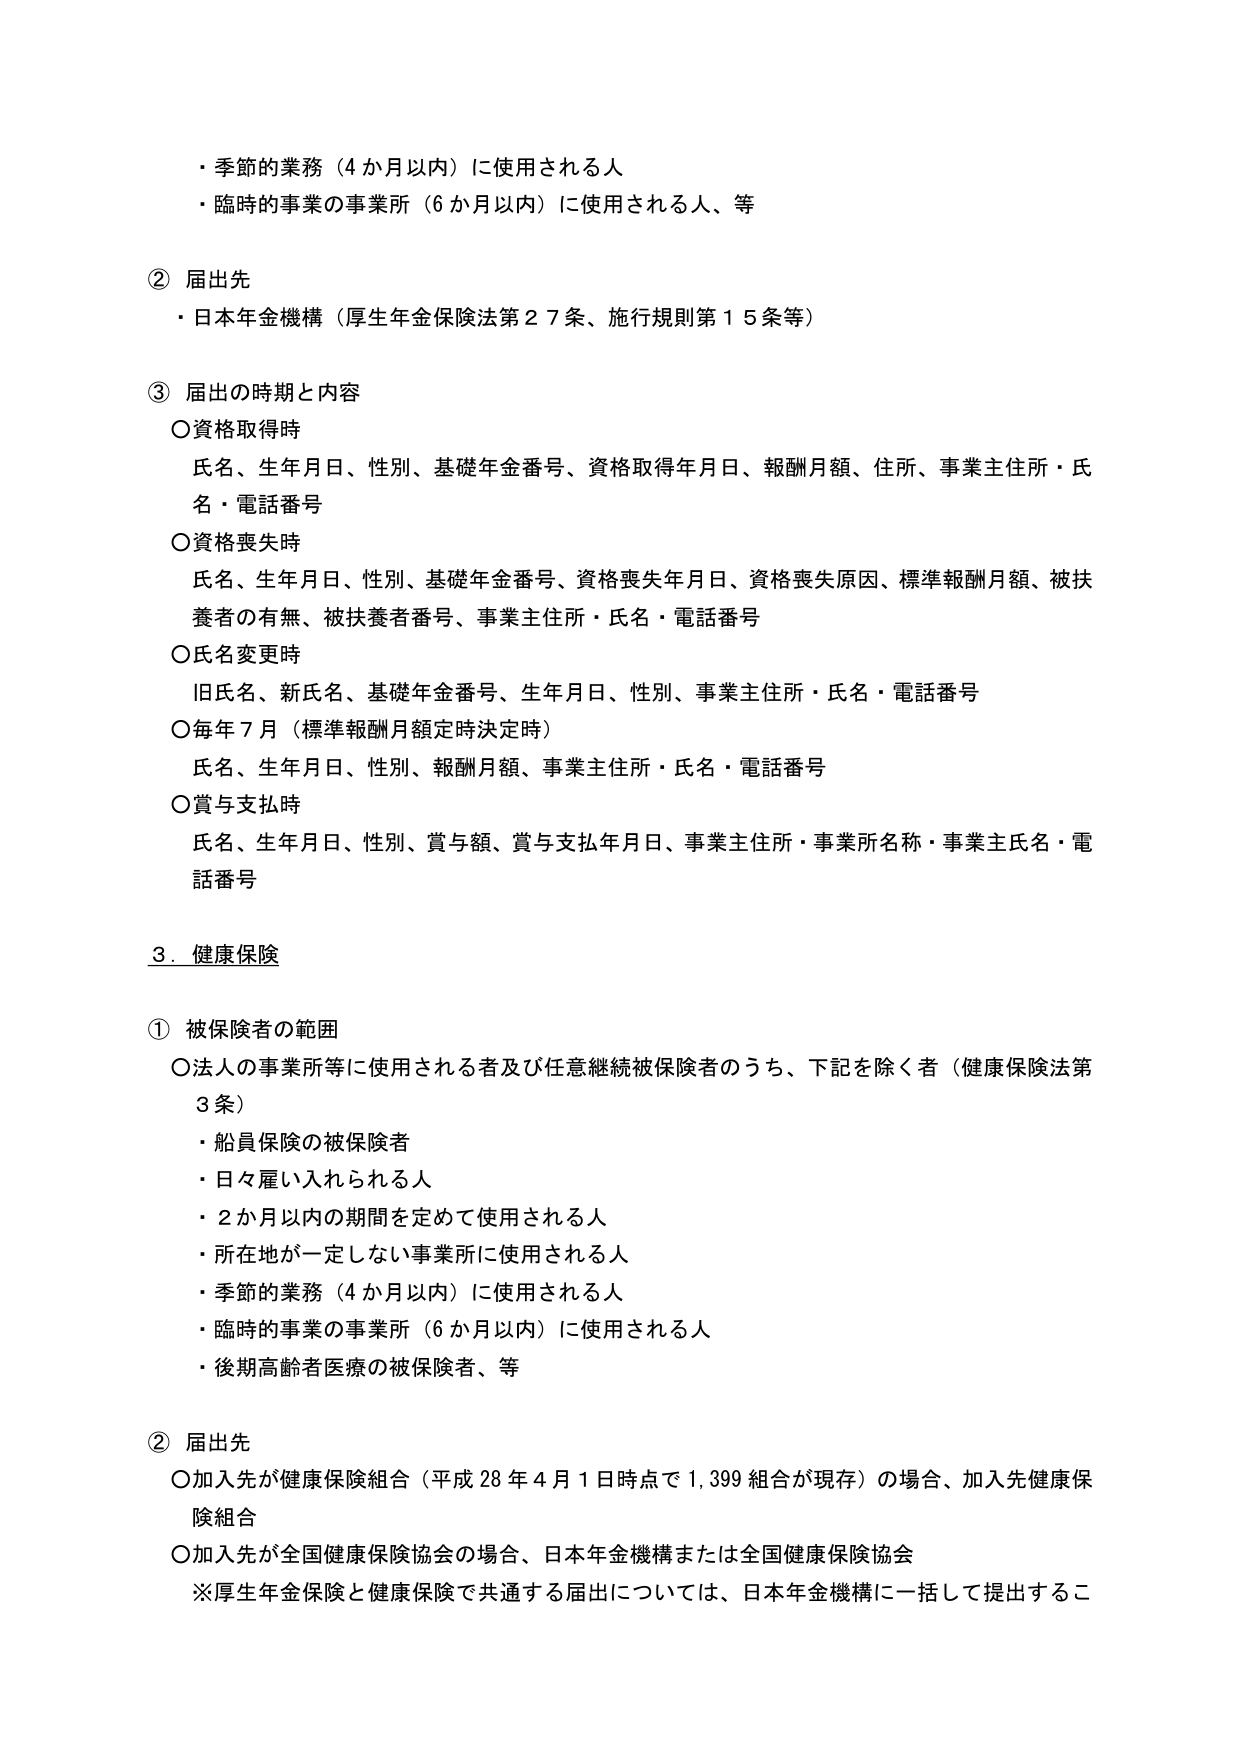
・季節的業務（4か月以内）に使用される人
・臨時の事業の事業所（6か月以内）に使用される人、等

② 届出先
・日本年金機構（厚生年金保険法第27条、施行規則第15条等）

③ 届出の時期と内容
○資格取得時
　氏名、生年月日、性別、基礎年金番号、資格取得年月日、報酬月額、住所、事業主住所・氏名・電話番号
○資格喪失時
　氏名、生年月日、性別、基礎年金番号、資格喪失年月日、資格喪失原因、標準報酬月額、被扶養者の有無、被扶養者番号、事業主住所・氏名・電話番号
○氏名変更時
　旧氏名、新氏名、基礎年金番号、生年月日、性別、事業主住所・氏名・電話番号
○毎年7月（標準報酬月額定時決定時）
　氏名、生年月日、性別、報酬月額、事業主住所・氏名・電話番号
○賞与支払時
　氏名、生年月日、性別、賞与額、賞与支払年月日、事業主住所・事業所名称・事業主氏名・電話番号

3. 健康保険

① 被保険者の範囲
○法人の事業所等に使用される者及び任意継続被保険者のうち、下記を除く者（健康保険法第3条）
　・船員保険の被保険者
　・日々雇い入れられる人
　・2か月以内の期間を定めて使用される人
　・所在地が一定しない事業所に使用される人
　・季節的業務（4か月以内）に使用される人
　・臨時の事業の事業所（6か月以内）に使用される人
　・後期高齢者医療の被保険者、等

② 届出先
○加入先が健康保険組合（平成28年4月1日時点で1,399組合が現存）の場合、加入先健康保険組合
○加入先が全国健康保険協会の場合、日本年金機構または全国健康保険協会
※厚生年金保険と健康保険で共通する届出については、日本年金機構に一括して提出するこ